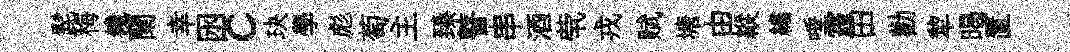
髭梅饞蘭幸囦c玦學彪萄主臻瞽串酒茕戎赋塘由縱繡唾霾田勸犂暍置